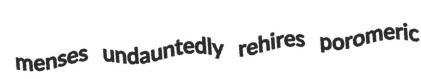
menses undauntedly rehires poromeric